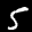
Label: 5